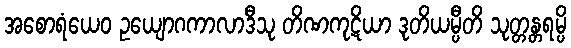
အစောရံယေဝ ဥယျောဂကာလာဒီသု တိဏကုဋိယာ ဒုတိယမ္ပီတိ သုတ္တန္တရမ္ပိ